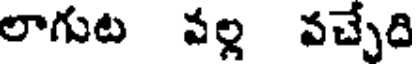
లాగుట పల్ల వచ్చేది